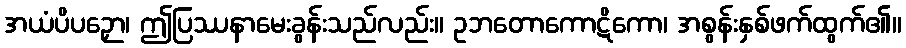
အယံပိပဉှော၊ ဤပြဿနာမေးခွန်းသည်လည်း။ ဥဘတောကောဋိကော၊ အစွန်းနှစ်ဖက်ထွက်၏။